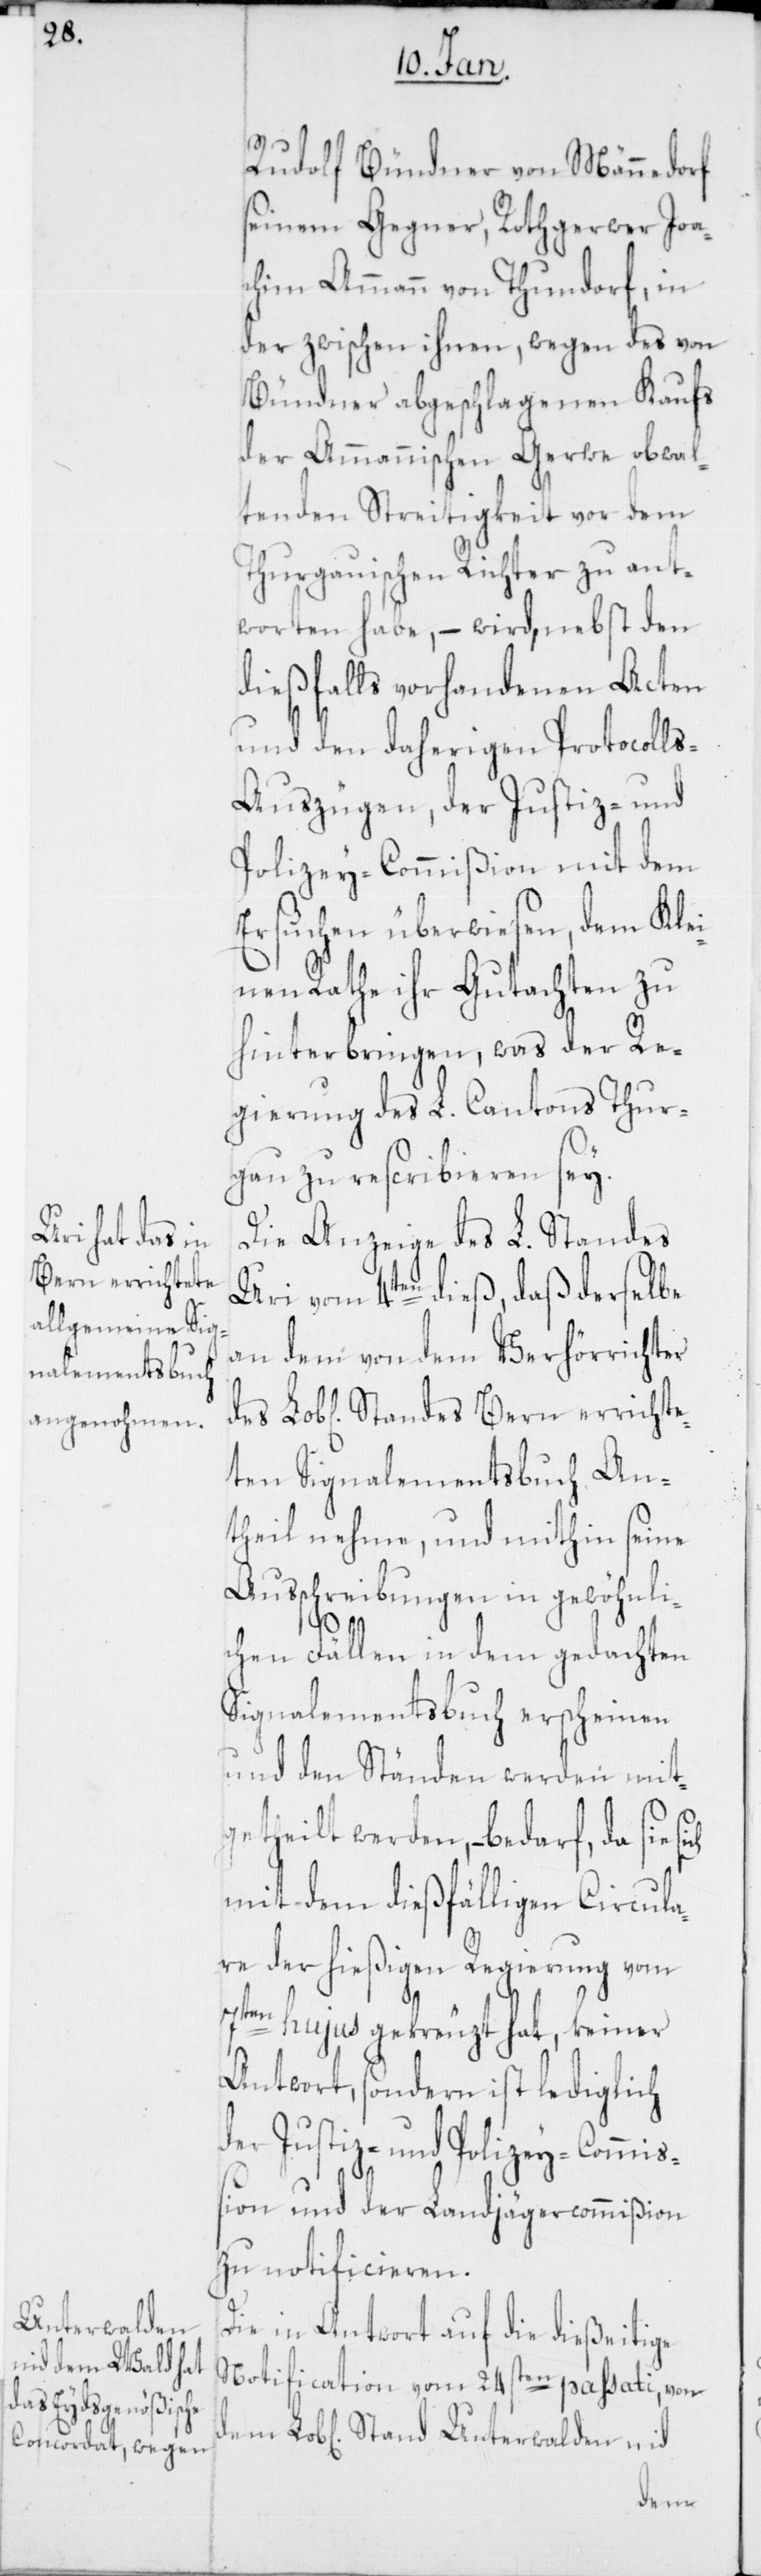
Bern errichte¬

Rudolf Bündner von Männedorf
seinem Gegner, Rothgerwer Joa¬
chim Ammann von Thundorf, in
der zwischen ihnen, wegen des von
Bündner abgeschlagenen Kaufs
der Ammannischen Gerwe obwal¬
tenden Streitigkeit vor dem
Thurgauischen Richter zu ant¬
worten habe, – wird, nebst den
dießfalls vorhandenen Acten
und den daherigen Protocoll¬
s-Auszügen, der Justiz- und
Polizey-Commißion mit dem
Ersuchen überwiesen, dem Klei¬
nen Rathe ihr Gutachten zu
hinterbringen, was der Re¬
gierung des L. Cantons Thur¬
gau zu rescribieren sey.
Die Anzeige des L. Standes
Uri vom 4ten dieß, daß derselbe
an dem von dem Verhörrichter
ten Signalementsbuch An¬
theil nehme, und mithin seine
Ausschreibungen in gewöhnli¬
chen Fällen in dem gedachten
Signalementsbuch erscheinen
und den Ständen werden mit¬
getheilt werden, – bedarf, da sie
mit dem dießfälligen Circula¬
re der hießigen Regierung vom
7ten hujus gekreuzt hat, keiner
Antwort, sondern ist lediglich
der Justiz- und Polizey-Commiß¬
ion und der Landjägercommißion
zu notificieren.
Die in Antwort auf die dießeitige
Notification vom 24sten passati von
dem Lobl. Stand Unterwalden nid
des